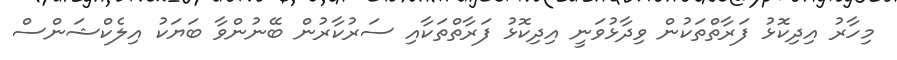
މިހާރު އިދިކޮޅު ފަރާތްތަކުން ވިދާޅުވަނީ އިދިކޮޅު ފަރާތްތަކާއި ސަރުކާރުން ބޭނުންވާ ބަޔަކު އިލެކްޝަންސް